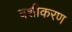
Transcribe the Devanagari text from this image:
बशीकरण